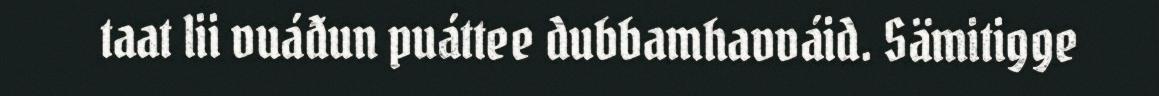
taat lii vuáđun puáttee dubbamhavváid. Sämitigge